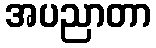
အပညာတာ